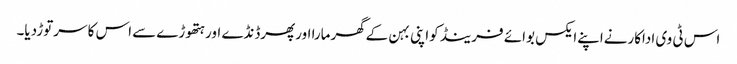
اس ٹی وی اداکارنےاپنےایکس بوائے فرینڈ کواپنی بہن کےگھرمارا اورپھرڈنڈے اورہتھوڑے سےاس کا سرتوڑدیا۔